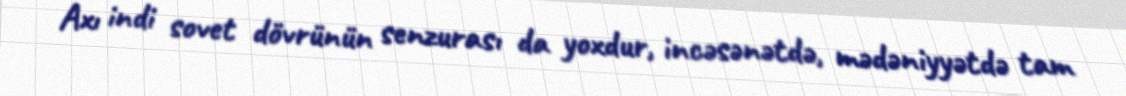
Axı indi sovet dövrünün senzurası da yoxdur, incəsənətdə, mədəniyyətdə tam